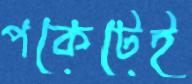
পকেটেই